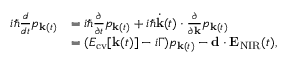
\begin{array} { r l } { i \hbar \frac { d } { d t } p _ { { \bf k } ( t ) } } & { = i \hbar \frac { \partial } { \partial t } p _ { { \bf k } ( t ) } + i \hbar \dot { \bf k } ( t ) \cdot \frac { \partial } { \partial { \bf k } } p _ { { \bf k } ( t ) } } \\ & { = ( E _ { \mathrm { c v } } [ { \bf k } ( t ) ] - i \Gamma ) p _ { { \bf k } ( t ) } - { \bf d } \cdot { \bf E } _ { \mathrm { N I R } } ( t ) , } \end{array}